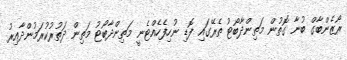
ރޯޒެންބާގް ބުނާ ގޮތުން މަތިންދާބޯޓު ތެރޭގައި ފޮޑި ނުހިފެހެއްޓެނީ މަތިންދާބޯޓު މަތިން ދަތުރުކުރަމުންދާއިރު